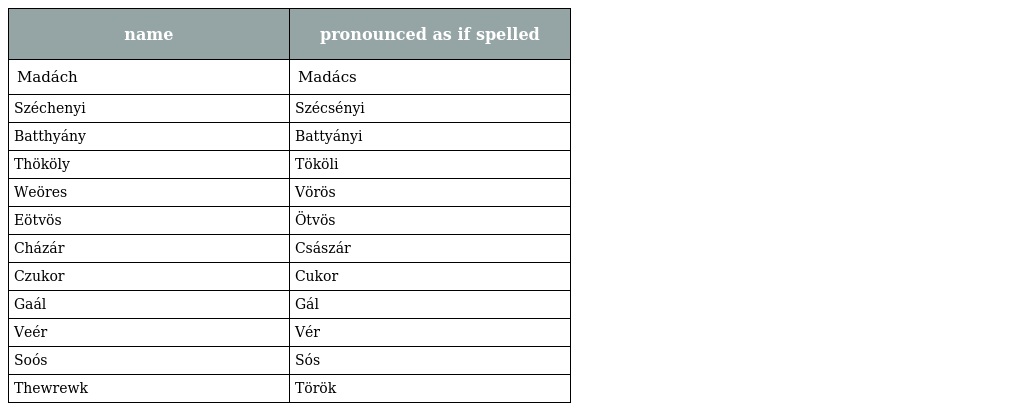
| name | pronounced as if spelled |
 | --- | --- |
 | Madách | Madács |
 | Széchenyi | Szécsényi |
 | Batthyány | Battyányi |
 | Thököly | Tököli |
 | Weöres | Vörös |
 | Eötvös | Ötvös |
 | Cházár | Császár |
 | Czukor | Cukor |
 | Gaál | Gál |
 | Veér | Vér |
 | Soós | Sós |
 | Thewrewk | Török |